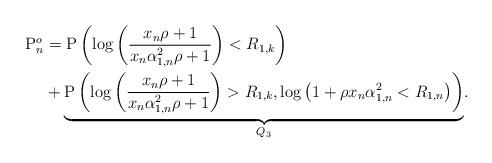
LaTeX: \begin{align*}\mathrm{P}^o_n &= \mathrm{P}\left( \log\left( \frac{x_n\rho+1}{ x_n \alpha_{1,n}^2\rho + 1}\right) <R_{1,k} \right)\\ &+ \underset{Q_3}{\underbrace{\mathrm{P}\left( \log\left( \frac{x_n\rho+1}{ x_n \alpha_{1,n}^2\rho + 1}\right) >R_{1,k},\log\left(1+\rho x_n\alpha_{1,n}^2<R_{1,n}\right) \right)}}.\end{align*}